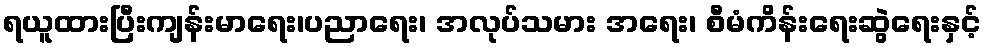
ရယူထားပြီးကျန်းမာရေး၊ပညာရေး၊ အလုပ်သမား အရေး၊ စီမံကိန်းရေးဆွဲရေးနှင့်